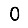
Digit: 0